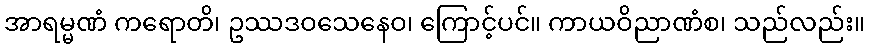
အာရမ္မဏံ ကရောတိ၊ ဥဿဒဝသေနေဝ၊ ကြောင့်ပင်။ ကာယဝိညာဏံစ၊ သည်လည်း။